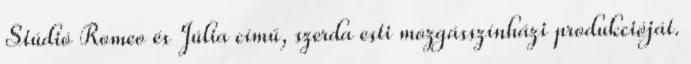
Stúdió Romeo és Júlia című, szerda esti mozgásszínházi produkcióját.